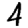
Digit: 4